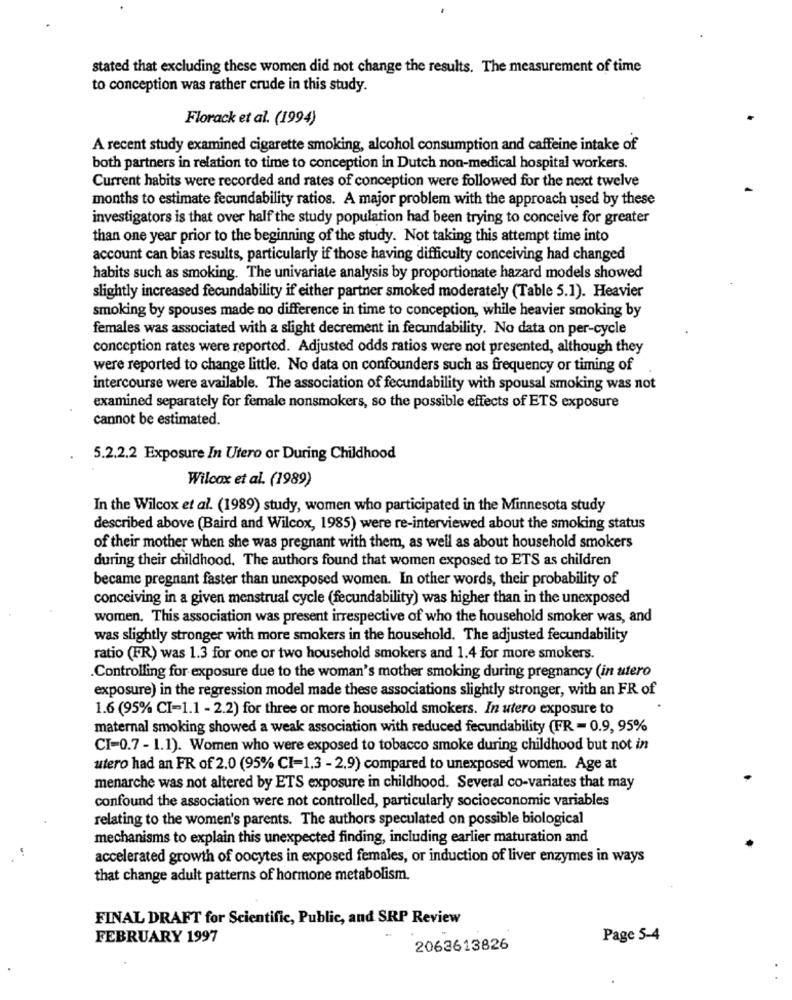
stated that excluding these women did not change the results. The measurement of time
to conception was rather crude in this study.
Florack et al. (1994)
A recent study examined cigarette smoking, alcohol consumption and caffeine intake of
both partners in relation to time to conception in Dutch non-medical hospital workers.
Current habits were recorded and rates of conception were followed for the next twelve
months to estimate fecundability ratios. A major problem with the approach used by these
investigators is that over half the study population had been trying to conceive for greater
than one year prior to the beginning of the study. Not taking this attempt time into
account can bias results, particularly if those having difficulty conceiving had changed
habits such as smoking. The univariate analysis by proportionate hazard models showed
slightly increased fecundability if either partner smoked moderately (Table 5.1). Heavier
smoking by spouses made no difference in time to conception, while heavier smoking by
females was associated with a slight decrement in fecundability. No data on per-cycle
conception rates were reported. Adjusted odds ratios were not presented, although they
were reported to change little. No data on confounders such as frequency or timing of
intercourse were available. The association of fecundability with spousal smoking was not
examined separately for female nonsmokers, so the possible effects of ETS exposure
cannot be estimated.
5.2.2.2 Exposure In Utero or During Childhood
Wilcox et al. (1989)
In the Wilcox et al. (1989) study, women who participated in the Minnesota study
described above (Baird and Wilcox, 1985) were re-interviewed about the smoking status
of their mother when she was pregnant with them, as well as about household smokers
during their childhood. The authors found that women exposed to ETS as children
became pregnant faster than unexposed women. In other words, their probability of
conceiving in a given menstrual cycle (fecundability) was higher than in the unexposed
women. This association was present irrespective of who the household smoker was, and
was slightly stronger with more smokers in the household. The adjusted fecundability
ratio (FR) was 1.3 for one or two household smokers and 1.4 for more smokers.
.Controlling for exposure due to the woman's mother smoking during pregnancy (in utero
exposure) in the regression model made these associations slightly stronger, with an FR of
1.6 (95% CI=1.1 - 2.2) for three or more household smokers. In utero exposure to
maternal smoking showed a weak association with reduced fecundability (FR = 0.9, 95%
CI=0.7 - 1.1). Women who were exposed to tobacco smoke during childhood but not in
utero had an FR of 2.0 (95% CI=1.3 - 2,9) compared to unexposed women. Age at
menarche was not altered by ETS exposure in childhood. Several co-variates that may
confound the association were not controlled, particularly socioeconomic variables
relating to the women's parents. The authors speculated on possible biological
mechanisms to explain this unexpected finding, including earlier maturation and
accelerated growth of oocytes in exposed females, or induction of liver enzymes in ways
that change adult patterns of hormone metabolism.
FINAL DRAFT for Scientific, Public, and SRP Review
FEBRUARY 1997
Page 5-4
2063613826